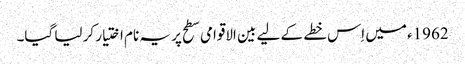
1962ء میں اِس خطے کے لیے بین الاقوامی سطح پر یہ نام اختیار کر لیا گیا۔